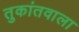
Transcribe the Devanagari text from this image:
तुकांतवाला